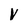
Character: V